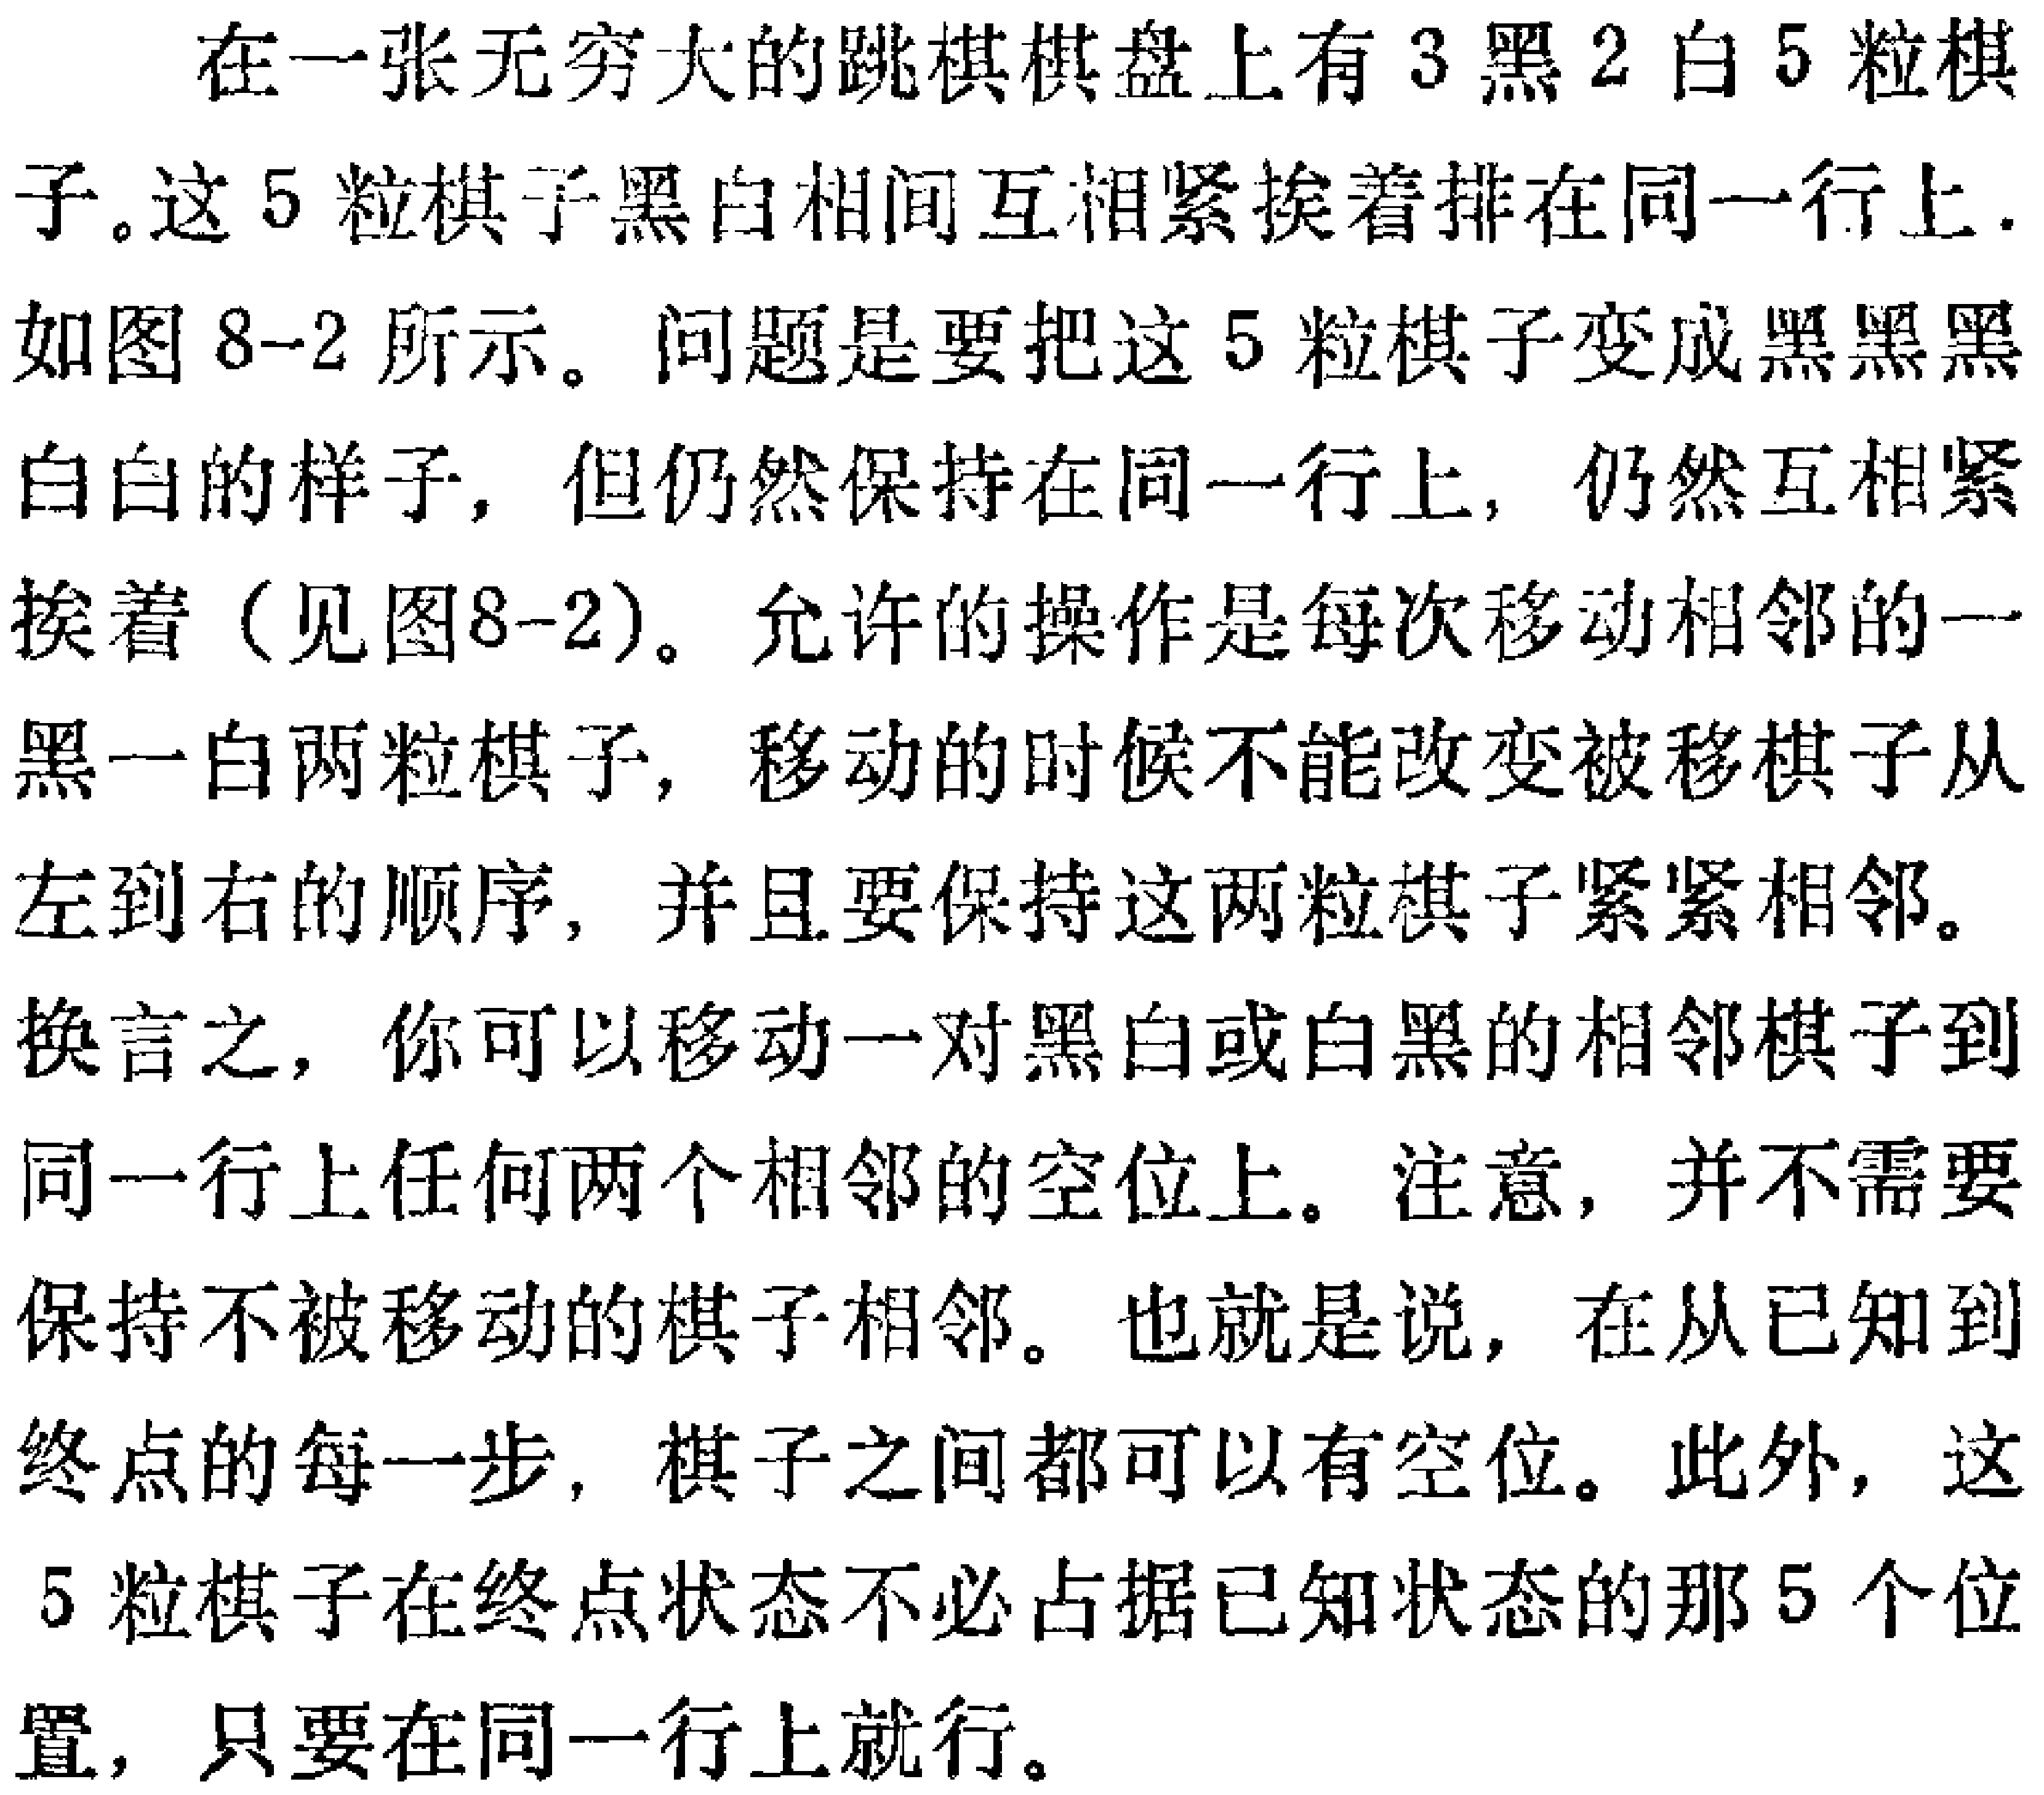
在一张无穷大的跳棋棋盘上有 3 黑 2 白 5 粒棋子。这 5 粒棋子黑白相间互相紧挨着排在同一行上. 如图 8-2 所示。问题是要把这 5 粒棋子变成黑黑黑白白的样子，但仍然保持在同一行上，仍然互相紧挨着（见图8-2）。允许的操作是每次移动相邻的一黑一白两粒棋子，移动的时候不能改变被移棋子从左到右的顺序，并且要保持这两粒棋子紧紧相邻。换言之，你可以移动一对黑白或白黑的相邻棋子到同一行上任何两个相邻的空位上。注意，并不需要保持不被移动的棋子相邻。也就是说，在从已知到终点的每一步，棋子之间都可以有空位。此外，这 5 粒棋子在终点状态不必占据已知状态的那 5 个位置，只要在同一行上就行。